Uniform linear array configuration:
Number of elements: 12
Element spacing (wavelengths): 0.75
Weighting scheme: exponential
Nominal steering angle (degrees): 45
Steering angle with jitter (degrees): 46.404
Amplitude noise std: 0.05
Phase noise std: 0.05

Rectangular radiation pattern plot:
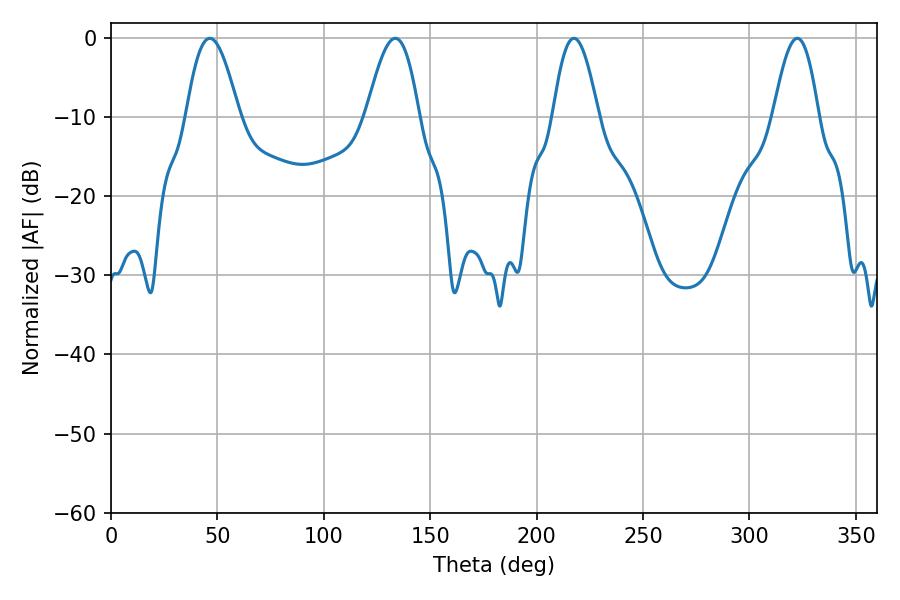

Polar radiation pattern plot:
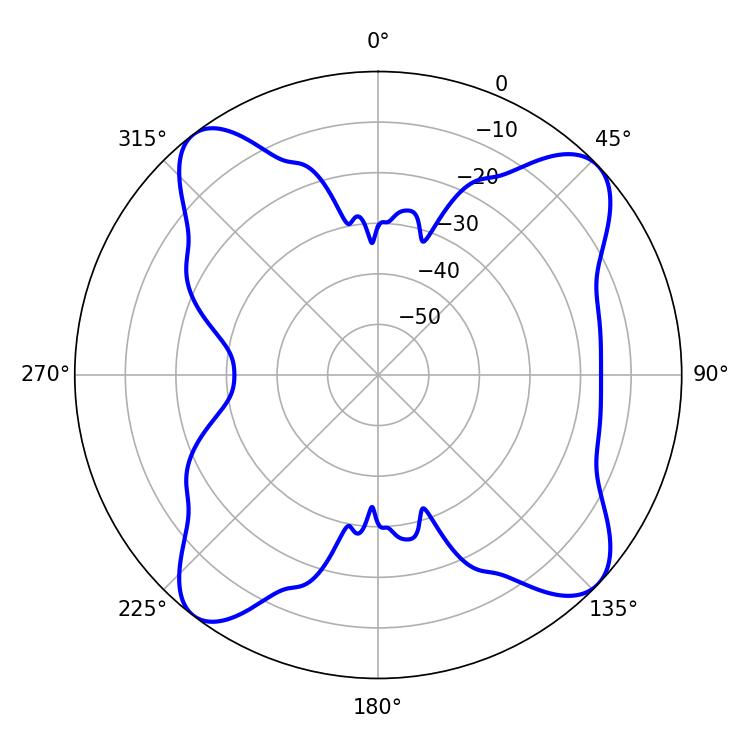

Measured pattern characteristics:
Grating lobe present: TRUE
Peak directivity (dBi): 12.155
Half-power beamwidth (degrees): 13.32
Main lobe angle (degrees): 46.44